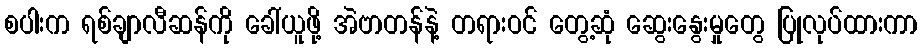
စပါးက ရစ်ချာလီဆန်ကို ခေါ်ယူဖို့ အဲဗာတန်နဲ့ တရားဝင် တွေ့ဆုံ ဆွေးနွေးမှုတွေ ပြုလုပ်ထားကာ